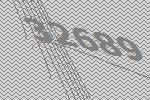
32689